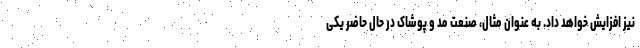
نیز افزایش خواهد داد. به عنوان مثال، صنعت مد و پوشاک در حال حاضر یکی